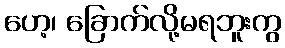
ဟေ့၊ ခြောက်လို့မရဘူးကွ